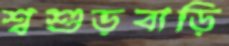
শ্বশুড়বাড়ি